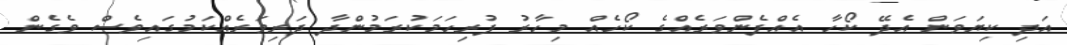
އަދި ކިޔަވަން އެދޭ ކޯހާ އެއްފެންވަރެއްގެ ކޯހެއް މިހާރު ފުރިހަމަކުރަމުންދާ ދަރިވަރެއްކަމުގައިވެސް ވެގެން